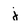
Character: j